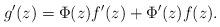
LaTeX: \begin{align*}g'(z)= \Phi(z) f'(z) + \Phi'(z) f(z).\end{align*}